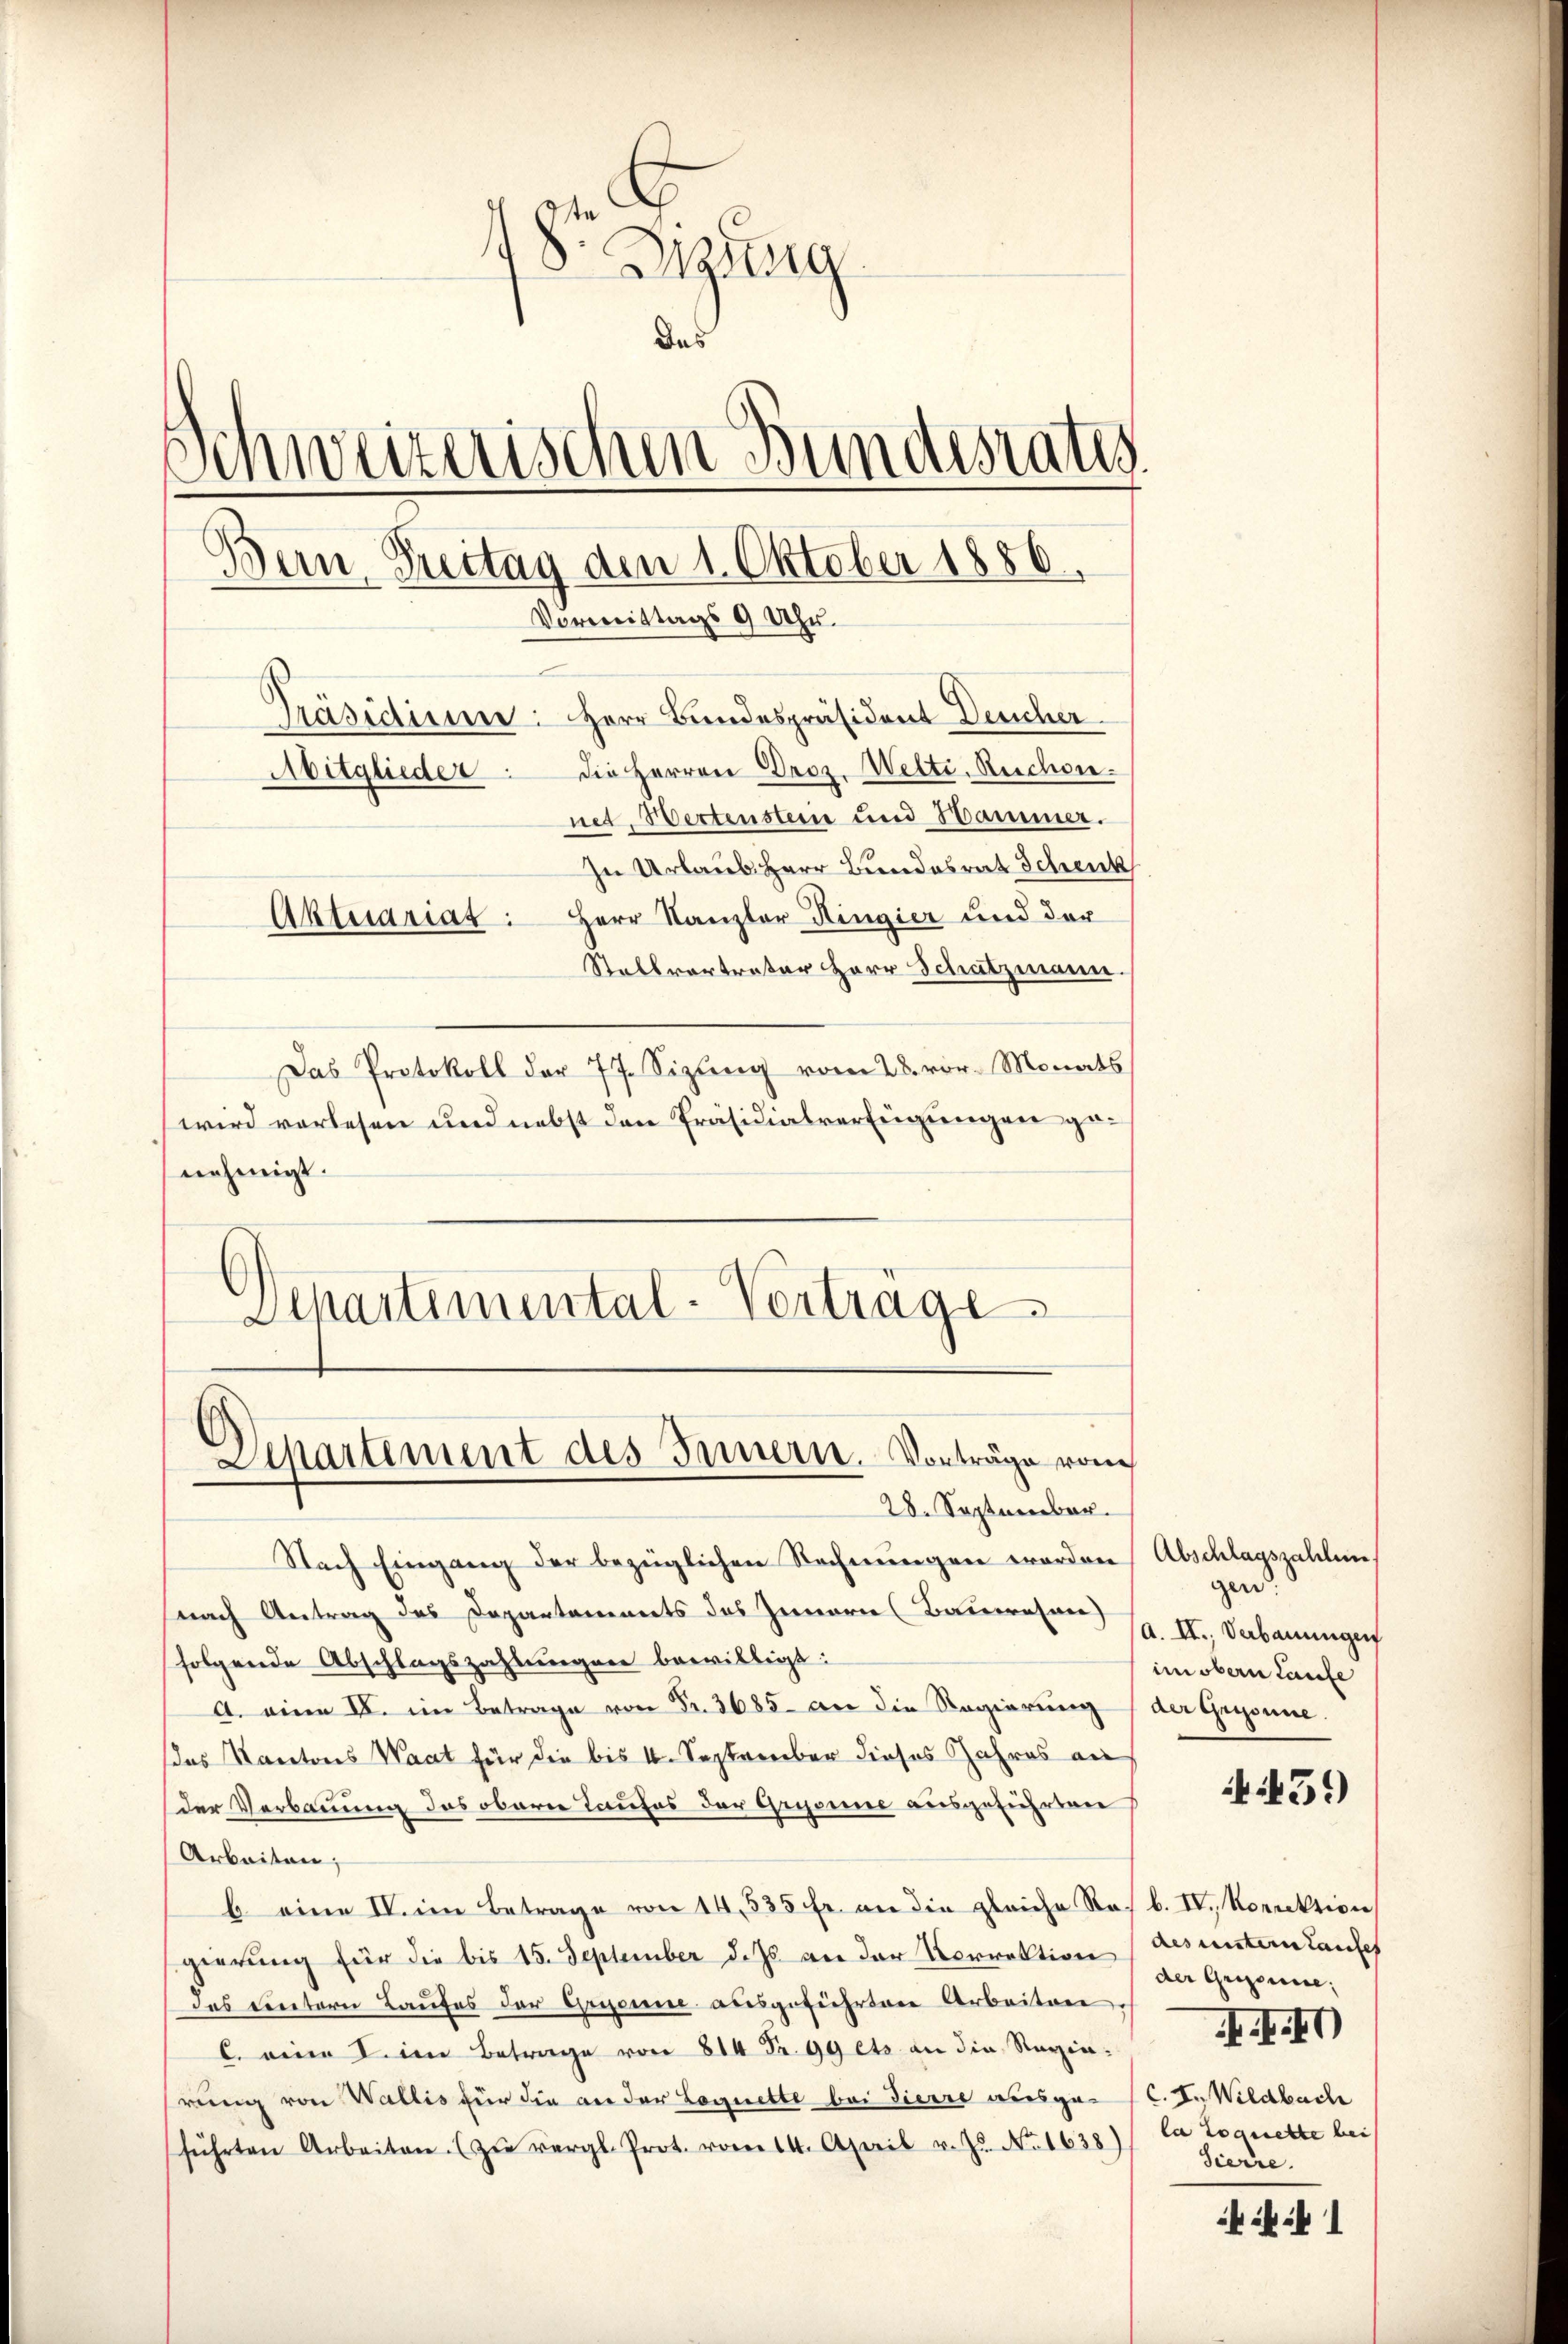
18r Sitzung
Das
¬
weizerischen Bundesrates.
Bern, Freitag den 1. Oktober 1886.
Vormittags 9 Uhr.
Präsidiener: Herr Bundespräsident Deucher
Abitglieder die Herren Droz. Welti, Ruchon.
net, Wertenstein und Hammer.
In Urlaub. Herr Bundesrat Schenk
Aktuariat: Herr Kanzler Ringier und der
Stellvertreter Herr Schatzmann.

Das Protokoll der 77. Sizung vom 28. vor. Monats
wird vorlesen und nebst den Präsidialverfügungen genehmigt.
Departimental-Verträge

Departement des Innern. Vorträge von
28. September.

Nach Eingang der bezüglichen Rechnungen worden Abschlagszahlen
nach Antrag des Departaments des Innern (Bauerten 1. II. Vabauungen
folgende Abschlagszahlungen bewilligt:
A. eine II. im Betrage von Fr. 3685 - an die Regierung (der Gegonne.
das Kantons Waat für die bis 4. September dieses Jahres au
der Verbauung das obern Taufes der Grysine ausgeführten
Arbeiten;
b eine IV. im Betrage von 14, 535 fr. an die gleiche Ros b. IV., Korrektion
gierung für die bis 15. September d. Js. an der Vorrektion des untern Laufe
das Rentern Laufes der Grysanne ausgeführten Arbeiten,
C. eine I. im Betrage von 814 Fr. 99 ets an die Regierung von Wallis für die an der Loguette bei dierre ausge- (C. In Wildbach
führten Arbeiten. (zŭ vergl. Prot. vom 14. April v. Js. No. 1638), la toquette bei

gen:
im obern Laufe

451)

der Grionie,
II. I
Sierre.

1